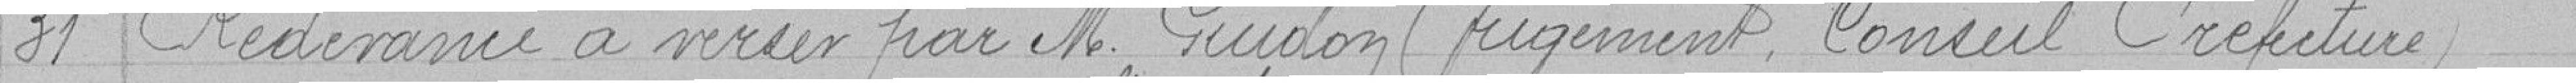
31 - Redevance à verser par monsieur Guidon (jugement Conseil Préfecture)